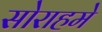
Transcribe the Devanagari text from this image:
सोराहमे